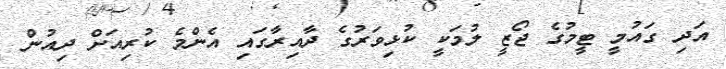
އަދި ގައުމީ ޓީމުގެ ޖޯޒީ ލުމަކީ ކުޅިވަރުގެ ދާއިރާގައި އެންމެ ކުރިއަށް ދިއުން